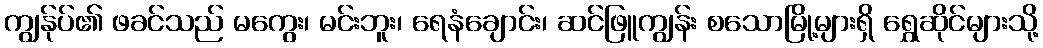
ကျွန်ုပ်၏ ဖခင်သည် မကွေး၊ မင်းဘူး၊ ရေနံချောင်း၊ ဆင်ဖြူကျွန်း စသောမြို့များရှိ ရွှေဆိုင်များသို့